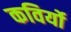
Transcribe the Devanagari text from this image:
कविर्यो